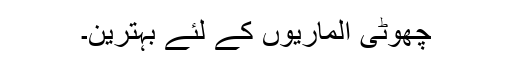
چھوٹی الماریوں کے لئے بہترین۔